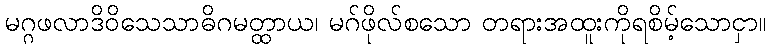
မဂ္ဂဖလာဒိဝိသေသာဓိဂမတ္ထာယ၊ မဂ်ဖိုလ်စသော တရားအထူးကိုရစိမ့်သောငှာ။